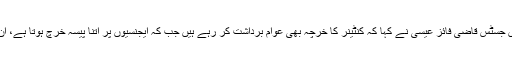
اپنے ریمارکس میں جسٹس قاضی فائز عیسیٰ نے کہا کہ کنٹینر کا خرچہ بھی عوام برداشت کر رہے ہیں جب کہ ایجنسیوں پر اتنا پیسہ خرچ ہوتا ہے، ان کا کردار کیا ہے؟